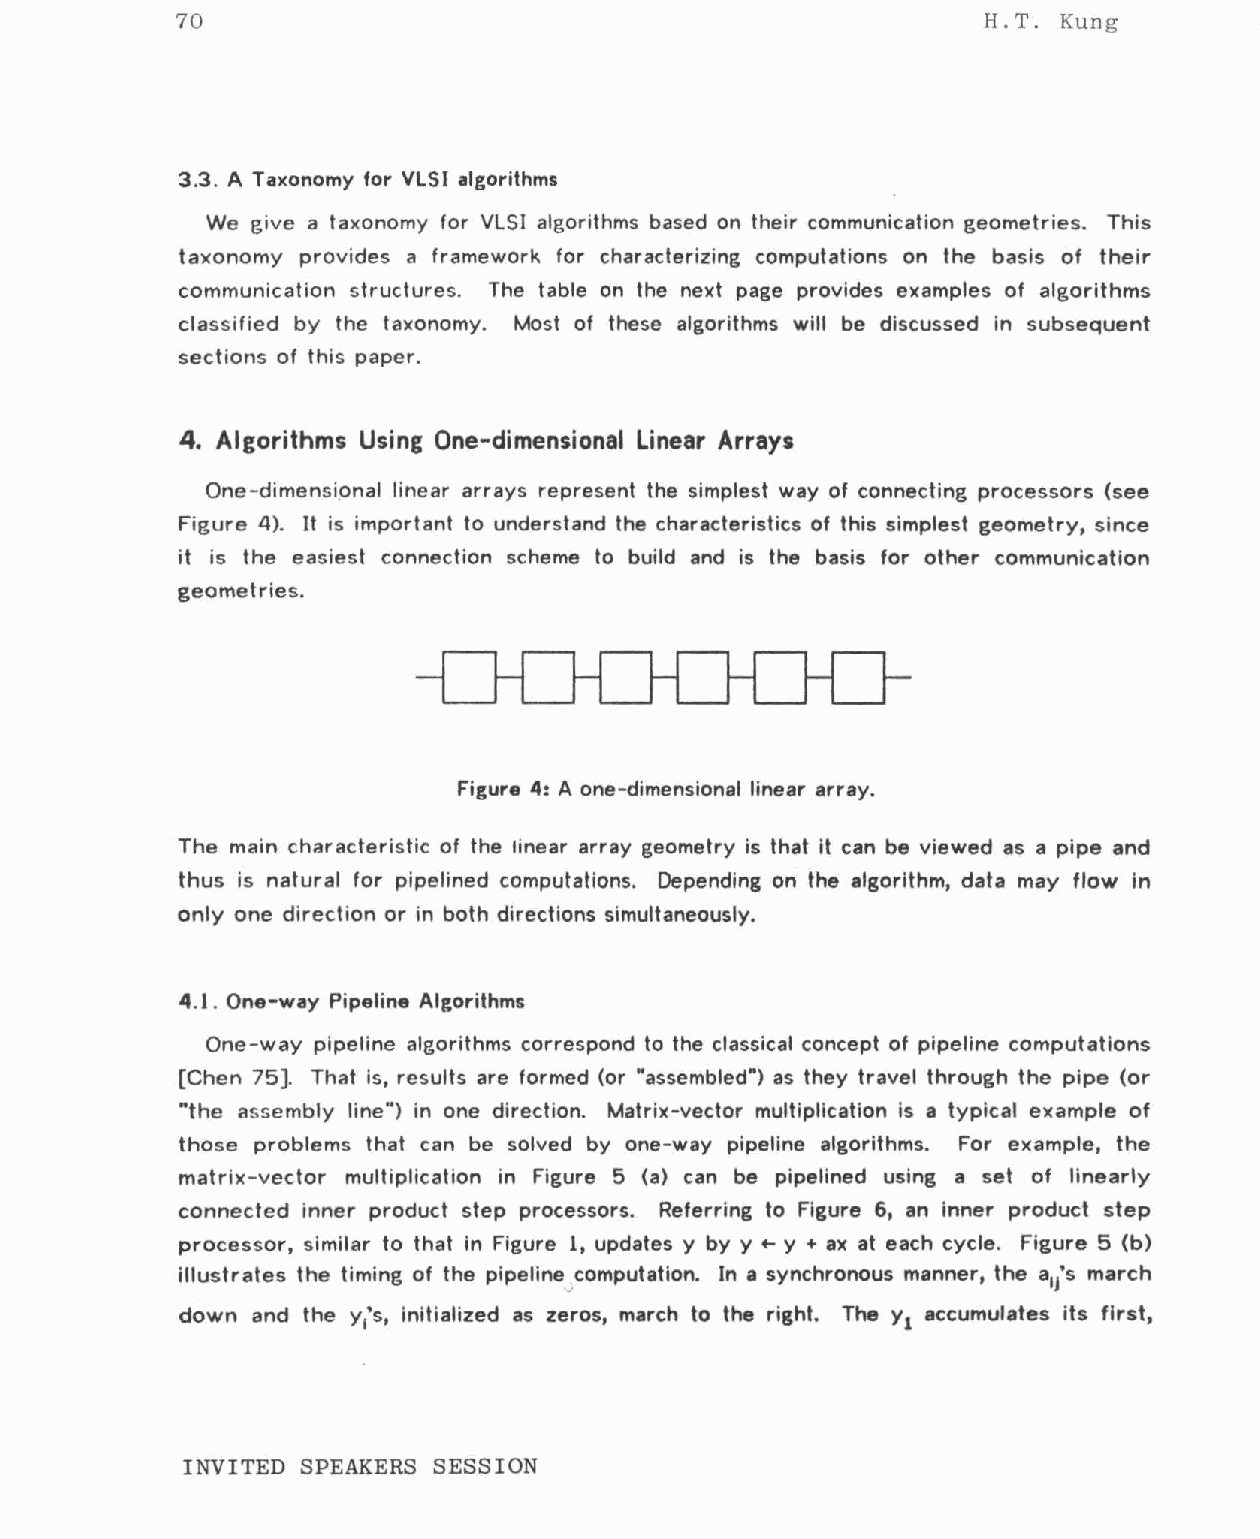
70                                                    H.T. Kung
 3.3. A Taxonomy for VLSI algorithms
 We give a taxonomy for VLSI algorithms based on their communication geometries. This
 taxonomy provides a framework for characterizing computations on the basis of their
 communication structures. The table on the next page provides examples of algorithms
 classified by the taxonomy. Most of these algorithms will be discussed in subsequent
 sections of this paper.
 4. Algorithms Using One-dimensional Linear Arrays
 One-dimensi~nal linear arrays represent the simplest way of connecting processors (see
 Figure 4). It is important to understand the characteristics of this simplest geometry, since
 it is the easiest connection scheme to build and is the basis for other communication
 geometries.
 Figure 4: A one-dimensional linear array.
 The main characteristic of the linear array geometry is that it can be viewed as a pipe and
 thus is natural for pipelined computations. Depending on the algorithm, data may flow in
 only one direction or in both directions simultaneously.
 4.1 . One-way Pipeline Algorithms
 One-way pipeline algorithms correspond to the classical concept of pipeline computations
 [Chen 75]. That is, results are formed (or "assembled") as they travel through the pipe (or
 "the assembly line") in one direction. Matrix-vector multiplication is a typical example of
 those problems that can be solved by one-way pipeline algorithms. For example, the
 matrix-vector multiplication in Figure 5 (a) can be pipelined using a set of linearly
 connected inner product step processors. Referring to Figure 6, an inner product step
 processor, similar to that in Figure 1, updates y by y ..- y + ax at each cycle. Figure 5 (b)
 illustrates the timing of the pipeline._.computation. In a synchronous manner, the a/s march
 1
 down and the y's, initialized as zeros, march to the right. The y accumulates its first,
 1                                   1
 INVITED SPEAKERS SESSION